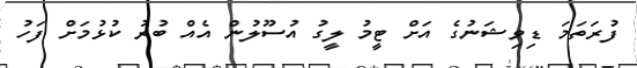
ފުރަތަމަ ޑިވިޝަނުގެ އަށް ޓީމު ލީގު އުސޫލުން އެއް ބުރު ކުޅުމަށް ފަހު